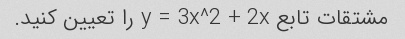
مشتقات تابع y = 3x^2 + 2x را تعیین کنید.